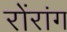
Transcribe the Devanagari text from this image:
रोंरांग